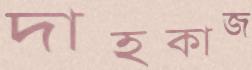
দাহকাজ